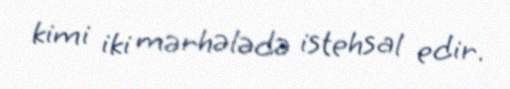
kimi iki mərhələdə istehsal edir.